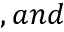
, a n d